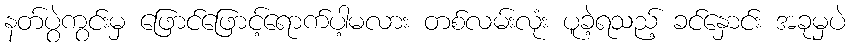
နတ်ပွဲကွင်းမှ ဖြောင်ဖြောင့်ရောက်ပါ့မလား တစ်လမ်းလုံး ပူခဲ့ရသည့် ခင်နှောင်း အခုမှပဲ